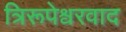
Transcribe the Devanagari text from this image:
त्रिरूपेश्वरवाद